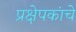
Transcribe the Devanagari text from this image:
प्रक्षेपकांचे